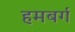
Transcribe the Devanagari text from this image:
हमबर्ग